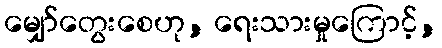
မျှော်တွေးစေဟု, ရေးသားမှုကြောင့်,